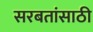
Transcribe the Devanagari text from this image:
सरबतांसाठी